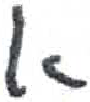
אות: א